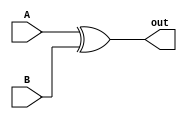
module bitEOr(A, B, out);
    input A, B;
    output out;
    
    assign out = A ^B;
endmodule